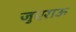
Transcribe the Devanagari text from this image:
जुएराऊ